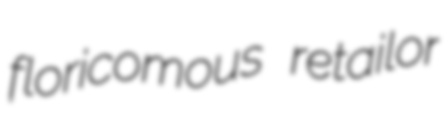
floricomous retailor